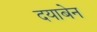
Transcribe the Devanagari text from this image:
दयाबेन